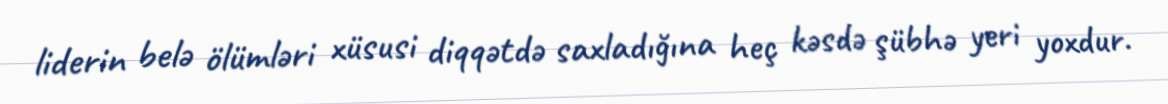
liderin belə ölümləri xüsusi diqqətdə saxladığına heç kəsdə şübhə yeri yoxdur.